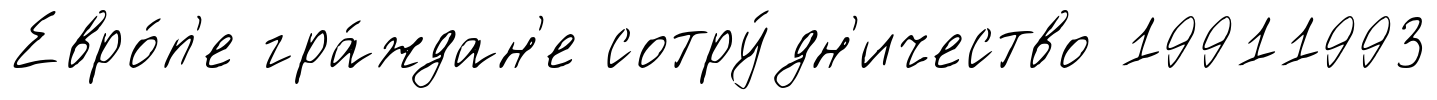
Евро́п'е гра́ждан'е сотру́дн'ичество 19911993